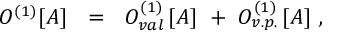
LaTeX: O ^ { ( 1 ) } [ A ] \ \ = \ \ O _ { v a l } ^ { ( 1 ) } \, [ A ] \ + \ O _ { v . p . } ^ { ( 1 ) } \, [ A ] \, \, ,